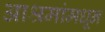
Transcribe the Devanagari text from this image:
आश्रमांमधून